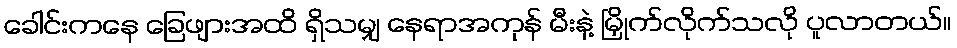
ခေါင်းကနေ ခြေဖျားအထိ ရှိသမျှ နေရာအကုန် မီးနဲ့ မြှိုက်လိုက်သလို ပူလာတယ်။